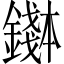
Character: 𬬌